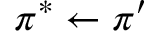
\pi ^ { * } \leftarrow \pi ^ { \prime }